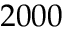
2 0 0 0